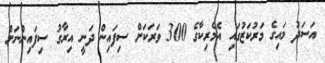
އަސަދު މައިގެ މަރުކަޒުގައި އެމެރިކާގެ 300 ވަރަކަށް ސިފައިން ދަނީ އިރާގު ސިފައިންނަށް